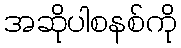
အဆိုပါစနစ်ကို